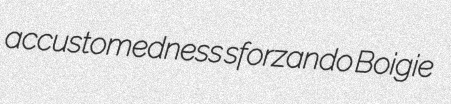
accustomedness sforzando Boigie